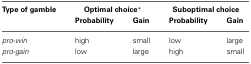
| Type of gamble | <COLSPAN=2> Optimal choice* | <COLSPAN=2> Suboptimal choice |
 |  | Probability | Gain | Probability | Gain |
 | --- | --- | --- | --- | --- |
 | pro-win | high | small | low | large |
 | pro-gain | low | large | high | small |